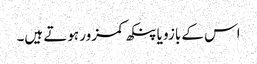
اس کے بازو یا پنکھ کمزور ہوتے ہیں۔